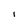
Character: I